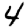
Digit: 4